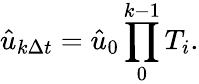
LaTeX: \hat{u}_{k\Delta t}=\hat{u}_{0}\prod_{0}^{k-1}{T_{i}}.